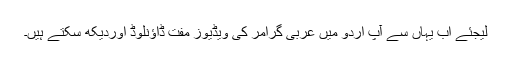
لیجئے اب یہاں سے آپ اردو میں عربی گرامر کی ویڈیوز مفت ڈاؤنلوڈ اوردیکھ سکتے ہیں۔